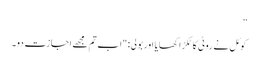
”
کوئل نے روٹی کا ٹکڑا کھایا اور بولی: "اب تم مجھے اجازت دو۔